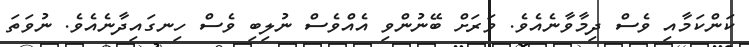
ކަންކަމާއި ވެސް ދިމާވާނެއެވެ. ވަރަށް ބޭނުންވި އެއްވެސް ނުލިބި ވެސް ހިނގައިދާނެއެވެ. ނުވަތަ